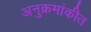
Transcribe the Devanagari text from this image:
अनुक्रमांकीत